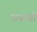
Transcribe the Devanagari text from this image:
धनानी